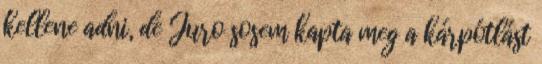
kellene adni, de Juro sosem kapta meg a kárpótlást